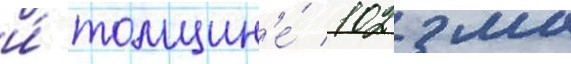
и́ толщин'е́ 102 мм